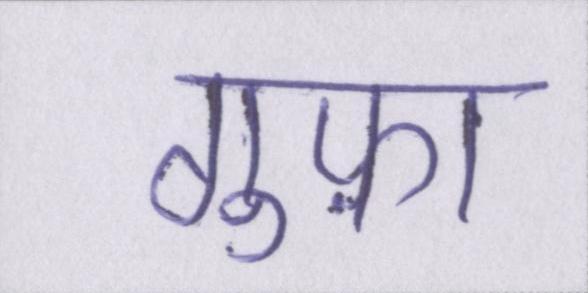
गुफ़ा